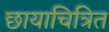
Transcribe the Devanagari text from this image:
छायाचित्रित